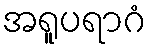
အရူပရာဂံ